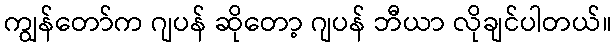
ကျွန်တော်က ဂျပန် ဆိုတော့ ဂျပန် ဘီယာ လိုချင်ပါတယ်။